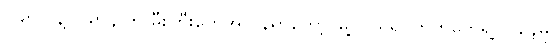
၁၉၈၁ နဲ့ ၁၉၈၄ က မီးကြီးတွေအလွန်မှာတော့ မြို့လယ်ရပ်ကွက်တွေရဲ့ လူနေမှု